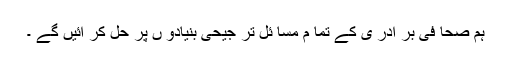
ہم صحا فی بر ادر ی کے تما م مسا ئل تر جیحی بنیادو ں پر حل کر ائیں گے ۔